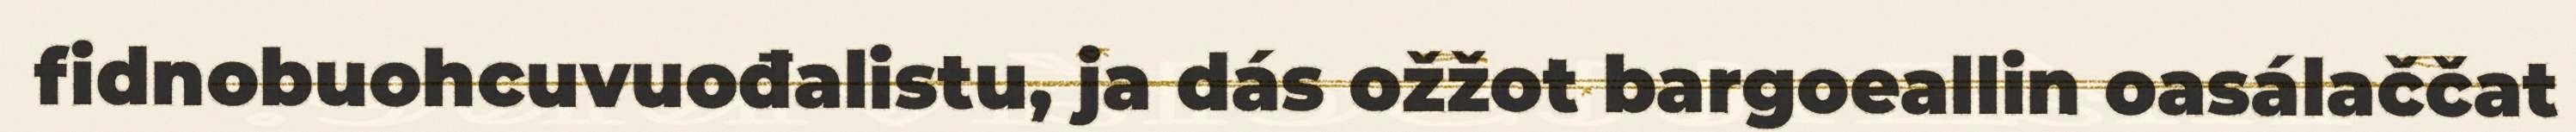
fidnobuohcuvuođalistu, ja dás ožžot bargoeallin oasálaččat